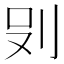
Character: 𭃒